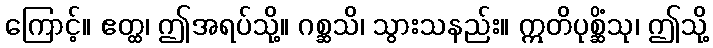
ကြောင့်။ ဧတ္ထ၊ ဤအရပ်သို့။ ဂစ္ဆသိ၊ သွားသနည်း။ ဣတိပုစ္ဆိံသု၊ ဤသို့